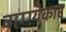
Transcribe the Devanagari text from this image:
वाग्ग्येकार